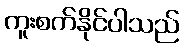
ကူးစက်နိုင်ပါသည်